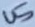
Text: U5